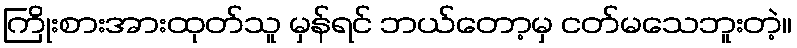
ကြိုးစားအားထုတ်သူ မှန်ရင် ဘယ်တော့မှ ငတ်မသေဘူးတဲ့။